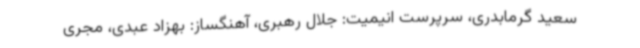
سعید گرمابدری، سرپرست انیمیت: جلال رهبری، آهنگساز: بهزاد عبدی، مجری